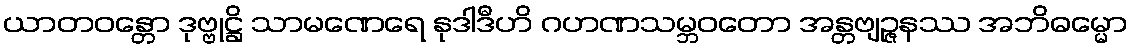
ယာတဝန္တော ဒုဗ္ဗုဋ္ဌိ သာမဏေရေ နုဒါဒီဟိ ဂဟဏသမ္ဘဝတော အန္တဗျဉ္ဇနဿ အဘိဓမ္မော